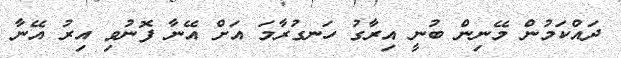
ދައްކަމުން މޭނިން ބުނީ އިރާގު ހަނގުރާމަ އަށް އޭނާ ފޮނުވި އިރު އޭނާ